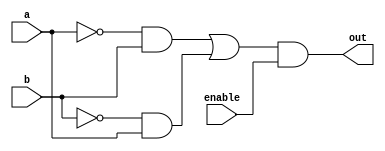
module XOR(a,b,out,enable);

input a,b;
output out;
input enable;

wire bnot,anot,out0,out1,out2;

not(anot,a);
not(bnot,b);
and(out0,anot,b);
and(out1,bnot,a);
or(out2,out0,out1);

and(out,out2,enable);

endmodule